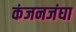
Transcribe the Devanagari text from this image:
कंजनजंघा